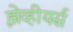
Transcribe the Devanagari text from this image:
झेव्हीयर्स